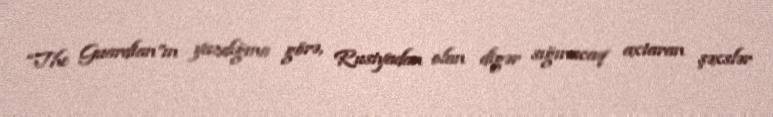
“The Guardian”ın yazdığına görə, Rusiyadan olan digər sığınacaq axtaran şəxslər